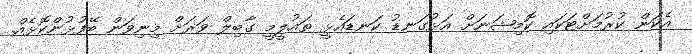
އެކަން ކުރުމަށްޓަކައި ކޮމިޝަނަށް އަޅުގަނޑު ކަނޑައެޅީ ތައުލީމީ ގާބިލް ވަރަށް މިނިވަން ބޭފުޅުންކޮޅެއް.